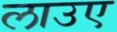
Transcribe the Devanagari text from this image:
लाउए